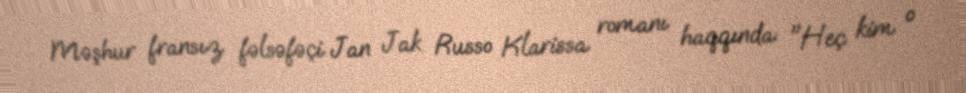
Məşhur fransız fəlsəfəçi Jan Jak Russo Klarissa romanı haqqında: "Heç kim o